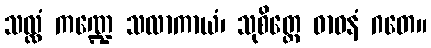
သလ္လံ ကဏ္ဍေ သလာကာယံ၊ သုစိတ္တေ ဓာဝနံ ဂတေ။